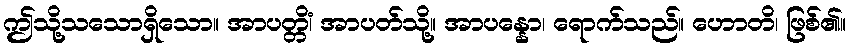
ဤသို့သသောရှိသော။ အာပတ္တိံ၊ အာပတ်သို့။ အာပန္နော၊ ရောက်သည်။ ဟောတိ၊ ဖြစ်၏။